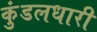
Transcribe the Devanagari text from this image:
कुंडलधारी